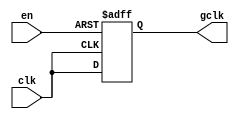
module clock_gating(
    input wire clk,      // Primary clock signal
    input wire en,       // Enable signal
    output reg gclk      // Gated clock output
);

// Gated clock generation logic
always @(posedge clk or negedge en) begin
    if (!en) begin
        gclk <= 1'b0;  // Hold gated clock low when enable is low
    end else begin
        gclk <= clk;   // Pass through the clock when enable is high
    end
end

endmodule